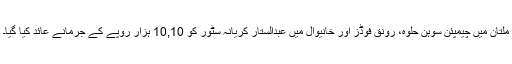
ملتان میں چیمپئن سوہن حلوہ، رونق فوڈز اور خانیوال میں عبدالستار کریانہ سٹور کو 10,10 ہزار روپے کے جرمانے عائد کیا گیا۔